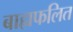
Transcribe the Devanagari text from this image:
बाह्यफलित